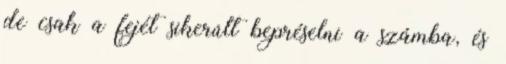
de csak a fejét sikerúlt bepréselni a számba, és